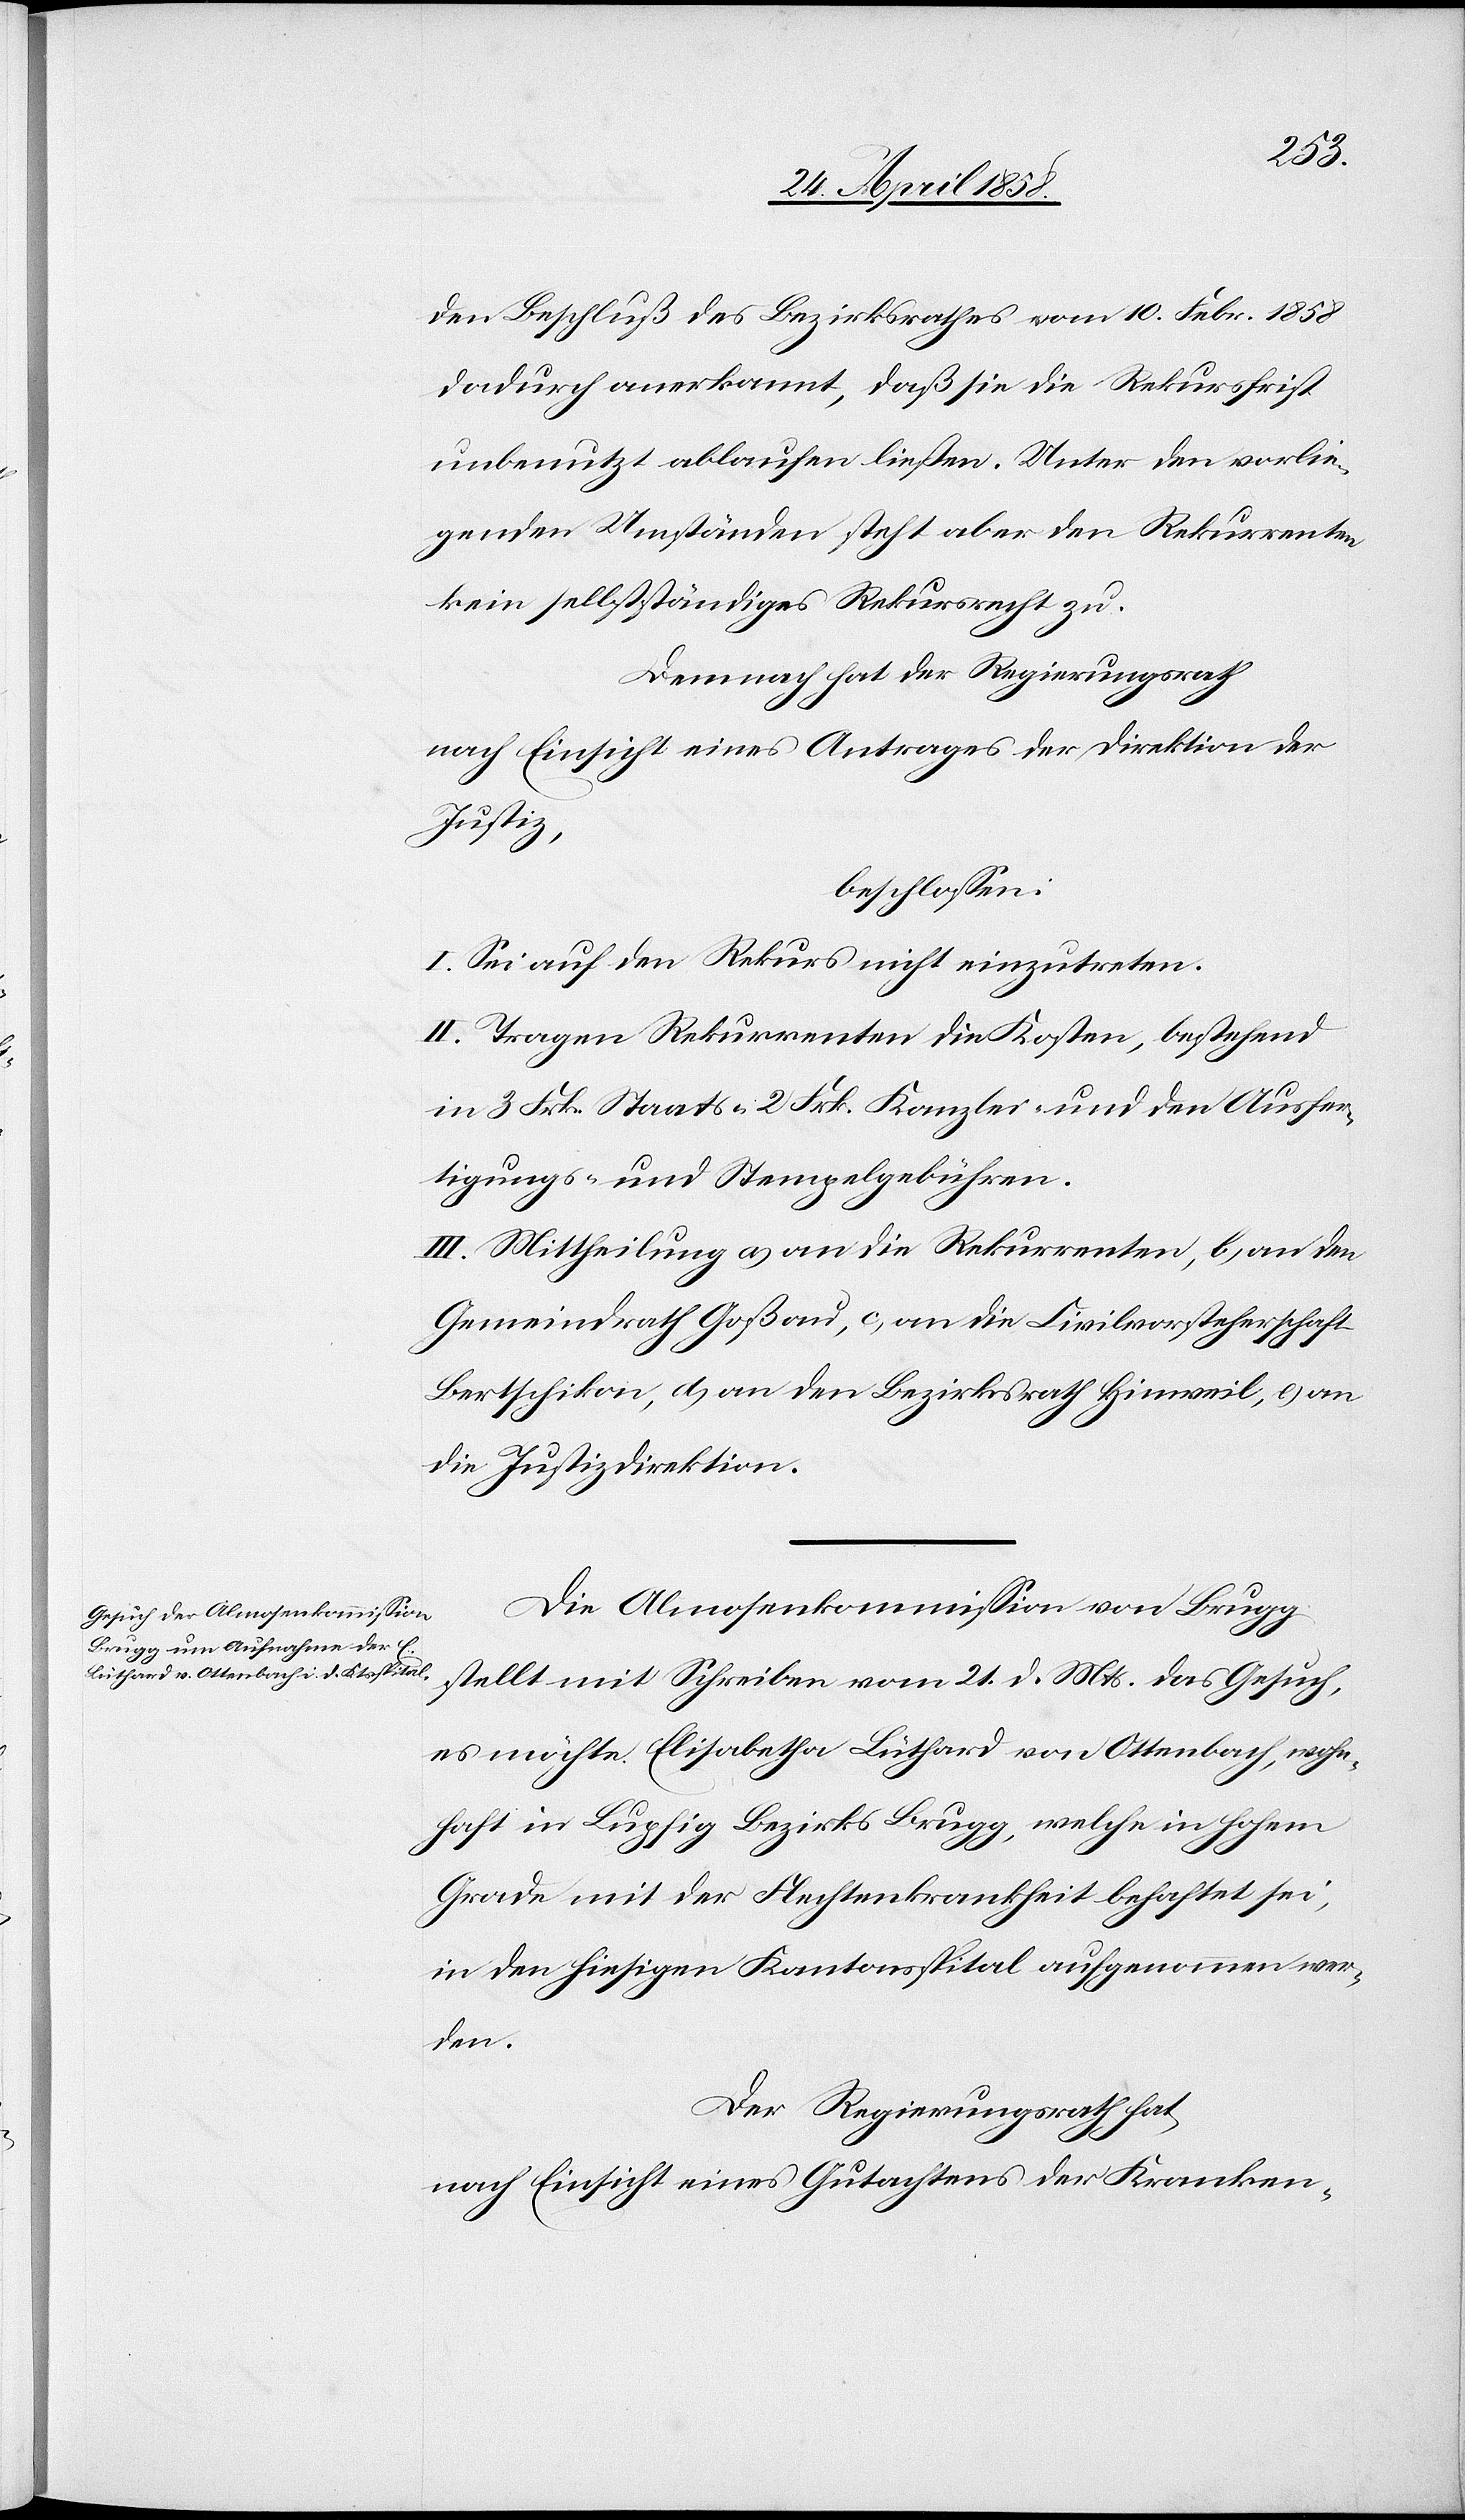
den Beschluß des Bezirksrathes vom 10. Febr. 1858
dadurch anerkannt, daß sie die Rekursfrist
unbenutzt ablaufen ließen. Unter den vorlie¬
genden Umständen steht aber den Rekurrenten
kein selbstständiges Rekursrecht zu.
Demnach hat der Regierungsrath
nach Einsicht eines Antrages der Kranken-
Justiz,
beschlossen:
I. Sei auf den Rekurs nicht einzutreten.
II. Tragen Rekurrenten die Kosten, bestehend
in 3 Frk. Staats-[,] 2 Frk. Kanzlei- und den Ausfer¬
tigungs- und Stempelgebühren.
III. Mittheilung a) an die Rekurrenten, b) an den
Gemeindrath Goßau, c) an die Civilvorsteherschaft
Bertschikon, d) an den Bezirksrath Hinweil, e) an
die Justizdirektion.
Die Almosenkommission von Brugg
stellt mit Schreiben vom 21. d. Mts. das Gesuch,
es möchte Elisabetha Lüthard von Ottenbach, wohn¬
haft in Lupfig Bezirks Brugg, welche in hohem
Grade mit der Flechtenkrankheit behaftet sei,
in den hiesigen Kantonsspital aufgenommen wer¬
den.
Der Regierungsrath hat,